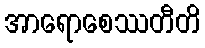
အာရောစေဿတီတိ